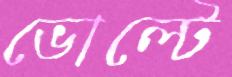
ভোল্টে